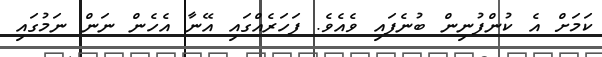
ކަމަށް އެ ކުންފުނިން ބުނެފައި ވެއެވެ. ފަހަރެއްގައި އޭނާ އެހެން ނަން ނަމުގައި